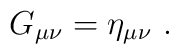
G_{\mu \nu }=\eta _{\mu \nu }\ .